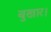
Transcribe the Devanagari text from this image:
बुखार।